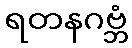
ရတနဂဗ္ဘံ